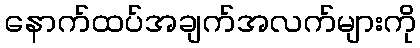
နောက်ထပ်အချက်အလက်များကို